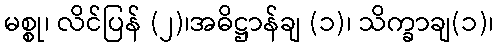
မစ္စု၊ လိင်ပြန် (၂)၊အဓိဋ္ဌာန်ချ (၁)၊ သိက္ခာချ(၁)၊